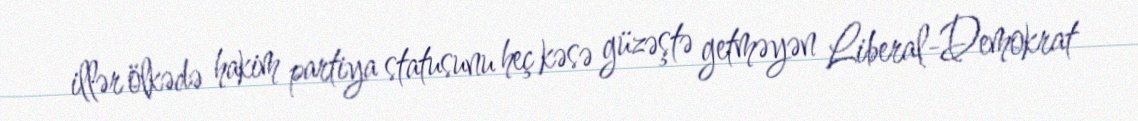
illər ölkədə hakim partiya statusunu heç kəsə güzəştə getməyən Liberal-Demokrat